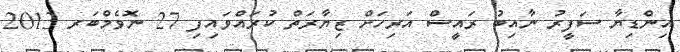
އިންޑިޔާ ސަފީރު ނާއިބު ރައީސް އަރިހަށް ޒިޔާރަތް ކުރައްވައިފި 27 ނޮވެމްބަރ 2013